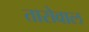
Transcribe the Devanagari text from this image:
तारोवाल